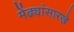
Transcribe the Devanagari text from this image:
मेंढ्यांसारखे